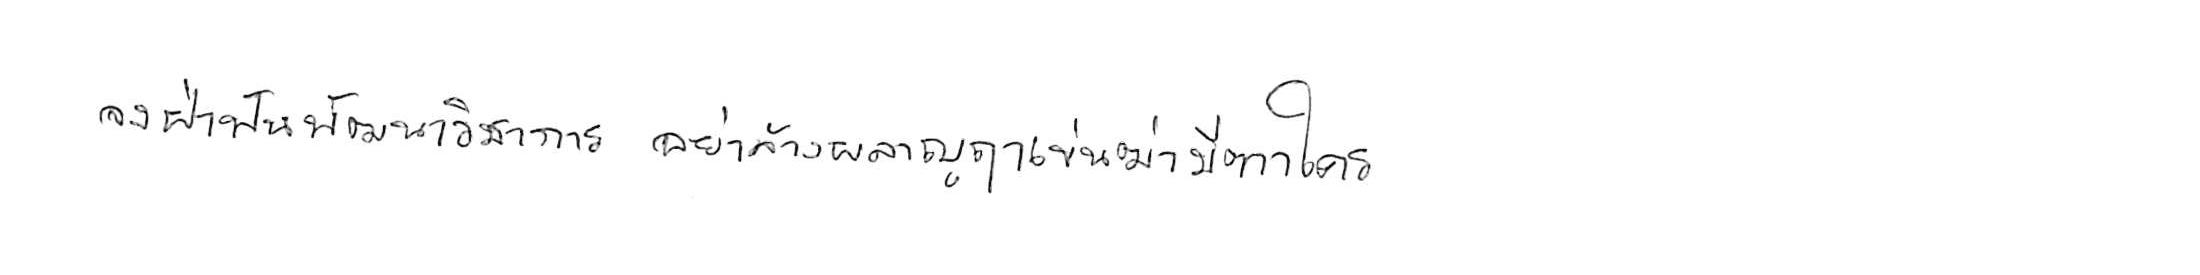
จงฝ่าฟันพัฒนาวิชาการ อย่าล้างผลาญฤๅเข่นฆ่าบีฑาใคร